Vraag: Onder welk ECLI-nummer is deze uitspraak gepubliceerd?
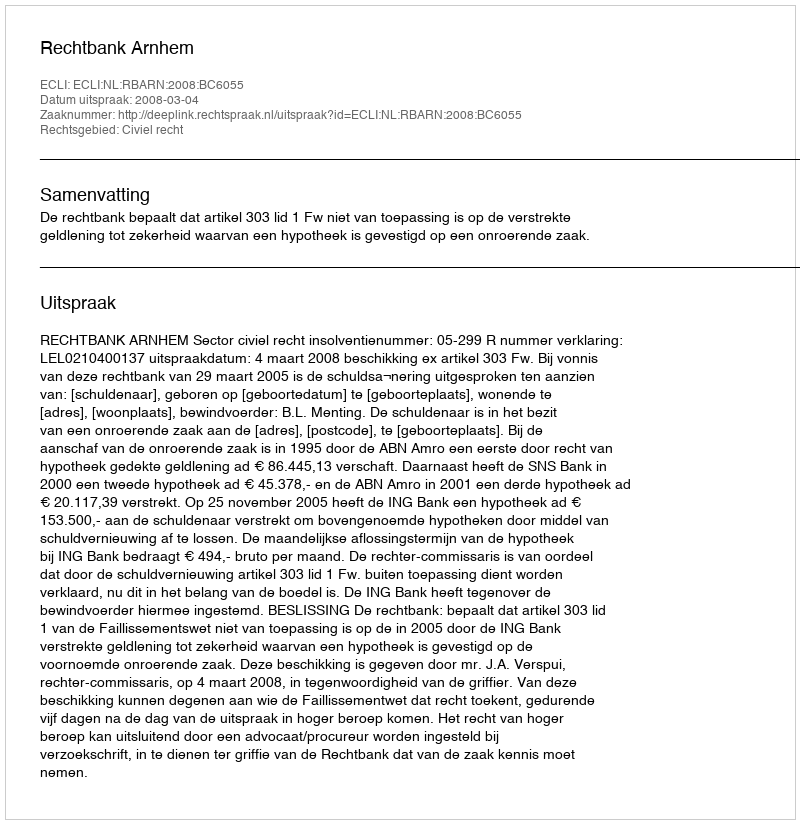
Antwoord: ECLI:NL:RBARN:2008:BC6055